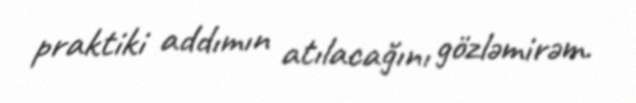
praktiki addımın atılacağını gözləmirəm.